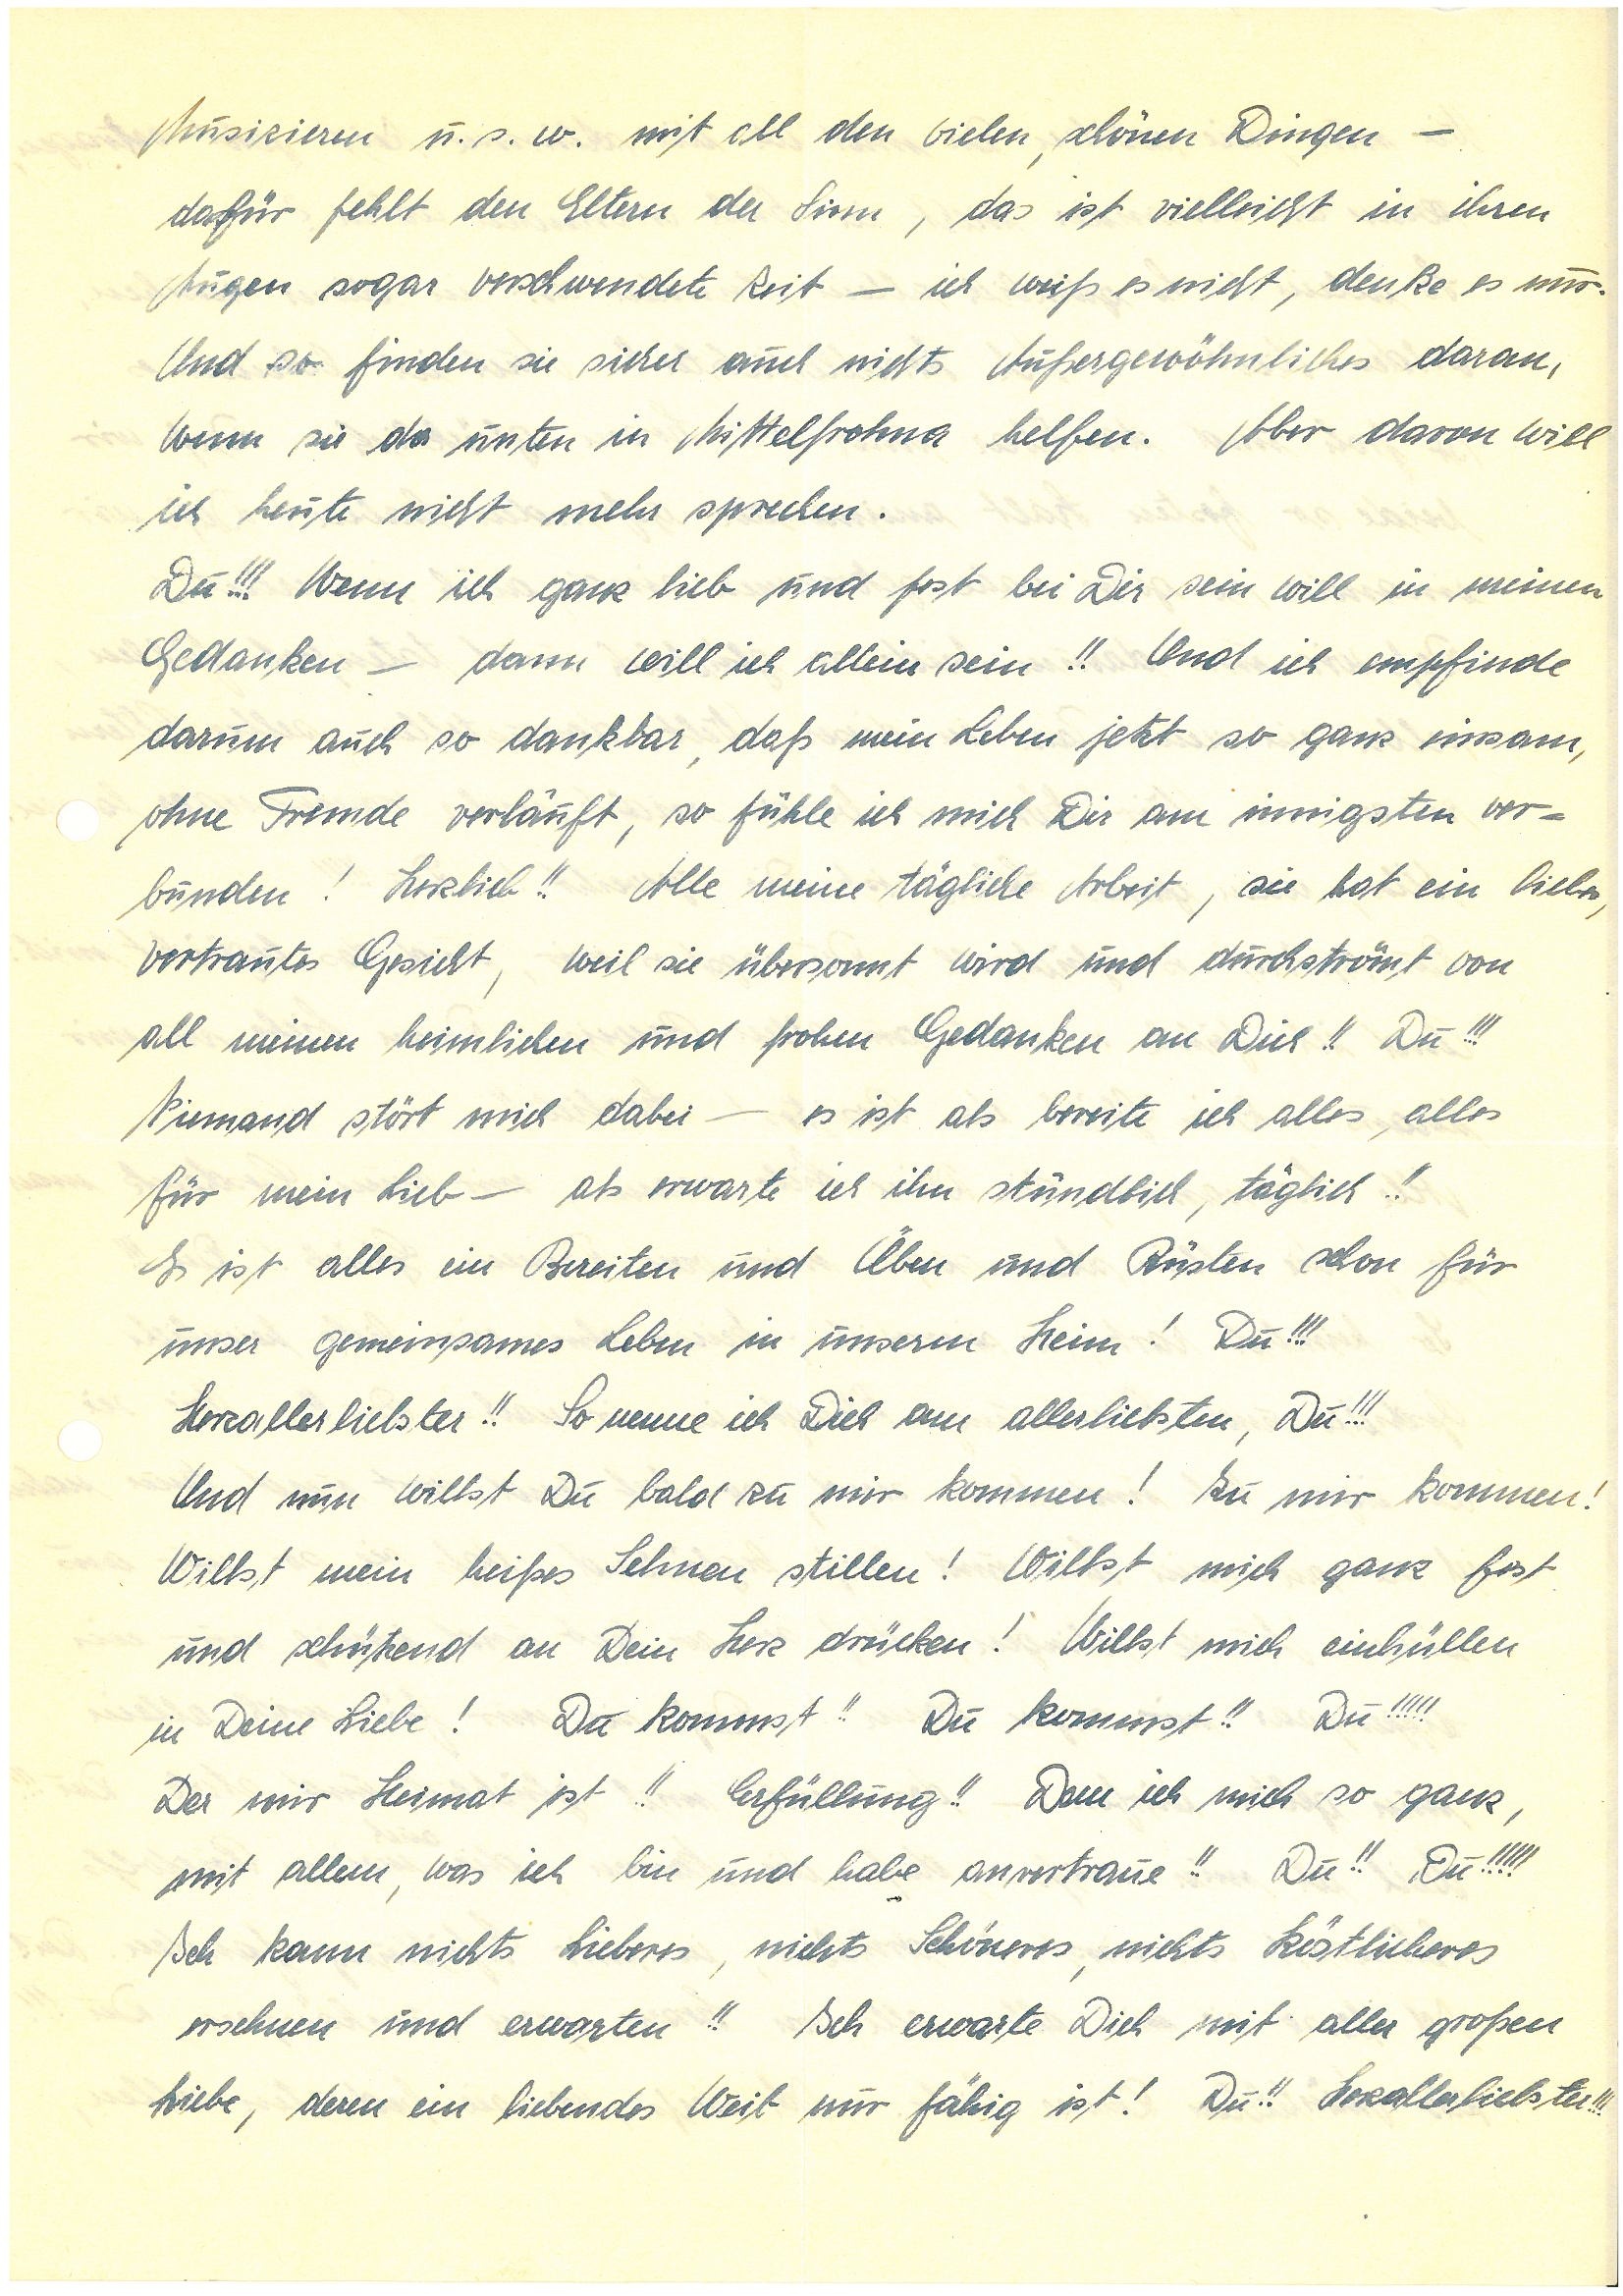
Musizieren u.s.w. mit all den vielen, schönen Dingen –
dafür fehlt den Eltern der Sinn, das ist vielleicht in ihren
Augen sogar verschwendete Zeit – ich weiß es nicht, denke es nur.
Und so finden sie sicher auch nichts Außergewöhnliches daran,
wenn sie da unten in M. helfen. Aber davon will
ich heute nicht mehr sprechen.
Du!!! Wenn ich ganz lieb und fest bei Dir sein will in meinen
Gedanken – dann will ich allein sein!! Und ich empfinde
darum auch so dankbar, daß mein Leben jetzt so ganz einsam,
ohne Fremde verläuft, so fühle ich mich Dir am innigsten ver¬
bunden! Herzlieb!! Alle meine tägliche Arbeit sie hat ein liebes,
vertrautes Gesicht, weil sie übersonnt wird und durchströmt von
all meinen heimlichen und frohen Gedanken an Dich!! Du!!!
Niemand stört mich dabei – es ist als bereite ich alles, alles
für mein Lieb – als erwarte ich ihn stündlich, täglich!!
Es ist alles ein Bereiten und Üben und Rüsten schon für
unser gemeinsames Leben in unserm Heim! Du!!!
Herzallerliebster!! So nenne ich Dich am allerliebsten, Du!!!
Und nun willst Du bald zu mir kommen! Zu mir kommen!
Willst mein heißes Sehnen stillen! Willst mich ganz fest
und schützend an Dein Herz drücken! Willst mich einhüllen
in Deine Liebe! Du kommst!! Du kommst!! Du!!!!!
Der mir Heimat ist!! Erfüllung!! Dem ich mich so ganz,
mit allem, was ich bin und habe anvertraue!! Du!! Du!!!!!
Ich kann nichts Lieberes, nichts Schöneres, nichts Köstlicheres
ersehnen und erwarten!! Ich erwarte Dich mit aller großen
Liebe, deren ein liebendes Weib nur fähig ist! Du!! Herzallerliebster!!!